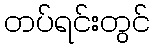
တပ်ရင်းတွင်